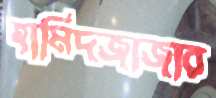
হামিদজাজার